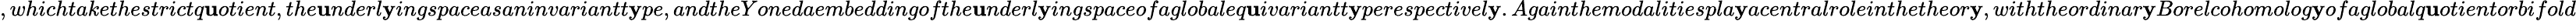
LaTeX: ,whichtakethestrictq\mathbf{u}otient,the\mathbf{u}nderl\mathbf{y}ingspaceasaninvariantt\mathbf{y}pe,andtheYonedaembeddingofthe\mathbf{u}nderl\mathbf{y}ingspaceofaglobaleq\mathbf{u}ivariantt\mathbf{y}perespectivel\mathbf{y}.Againthemodalitiespla\mathbf{y}acentralroleinthetheor\mathbf{y},withtheordinar\mathbf{y}Borelcohomolog\mathbf{y}ofaglobalq\mathbf{u}otientorbifold